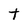
Character: t